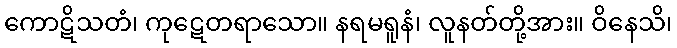
ကောဋိသတံ၊ ကုဋေတရာသော။ နရမရူနံ၊ လူနတ်တို့အား။ ဝိနေသိ၊